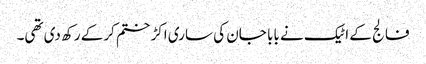
فالج کے اٹیک نے بابا جان کی ساری اکڑ ختم کرکے رکھ دی تھی۔